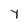
Character: Y